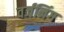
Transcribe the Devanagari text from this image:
वर्जनिंग